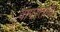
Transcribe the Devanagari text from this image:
वापरतोय